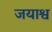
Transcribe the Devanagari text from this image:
जयाश्व